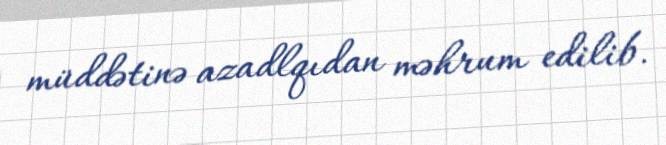
müddətinə azadlqıdan məhrum edilib.